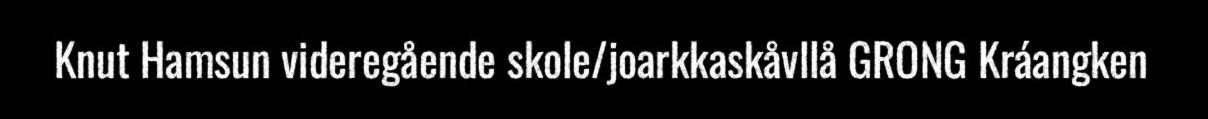
Knut Hamsun videregående skole/joarkkaskåvllå GRONG Kráangken